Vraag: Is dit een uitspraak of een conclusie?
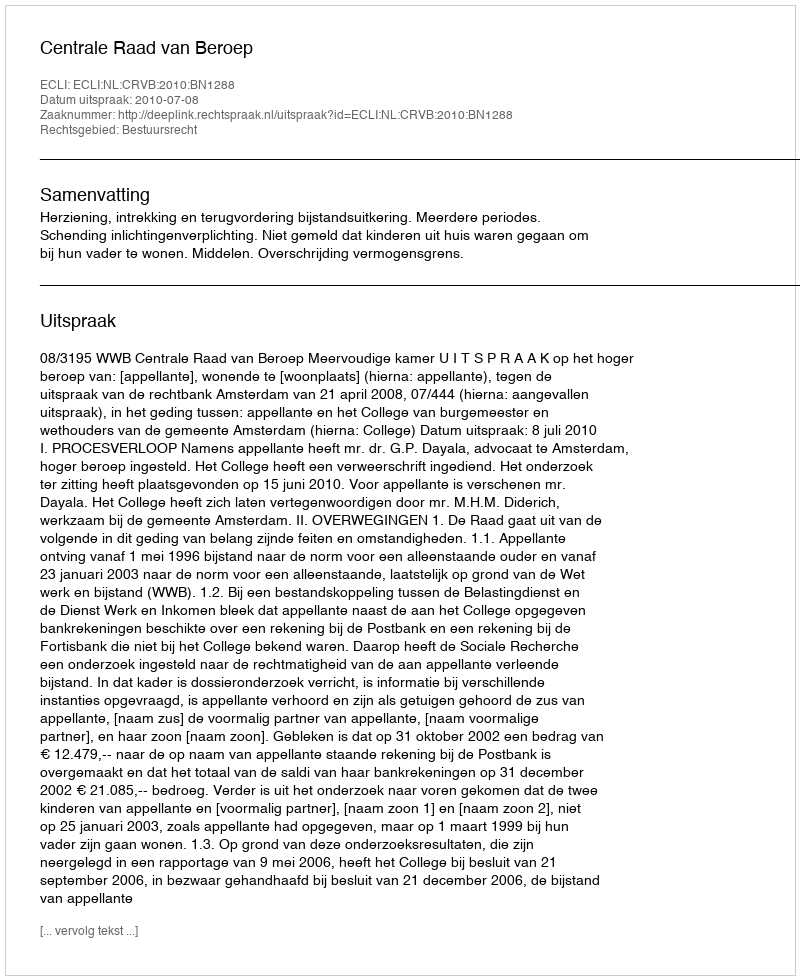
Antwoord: Uitspraak